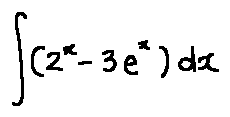
\int ( 2 ^ { x } - 3 e ^ { x } ) d x